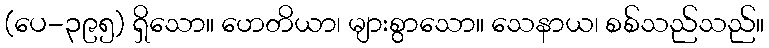
(ပေ-၃၉၅) ရှိသော။ ဟေတိယာ၊ များစွာသော။ သေနာယ၊ စစ်သည်သည်။